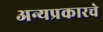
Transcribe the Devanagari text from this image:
अन्यप्रकारचे